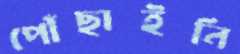
পৌঁছাইনি